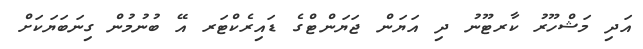
އަދި މަޝްހޫރު ކާރޓޫނު ދި އަޔަން ޖަޔަންޓްގެ ޑައިރެކްޓަރ އޭ ބުނުމުން ގިނަބަޔަކަށް